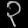
Digit: ၃